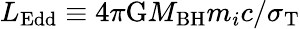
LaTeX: L_{\mathrm{Edd}}\equiv 4\pi\mathrm{G}M_{\mathrm{BH}}m_{i}c/\sigma_{\mathrm{T}}